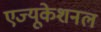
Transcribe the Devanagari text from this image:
एज्यूकेशनल